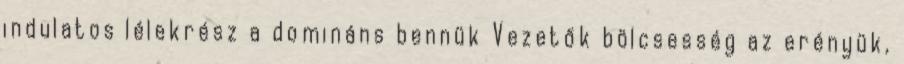
indulatos lélekrész a domináns bennük Vezetők bölcsesség az erényük,